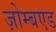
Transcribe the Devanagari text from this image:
ज़ोम्बएड